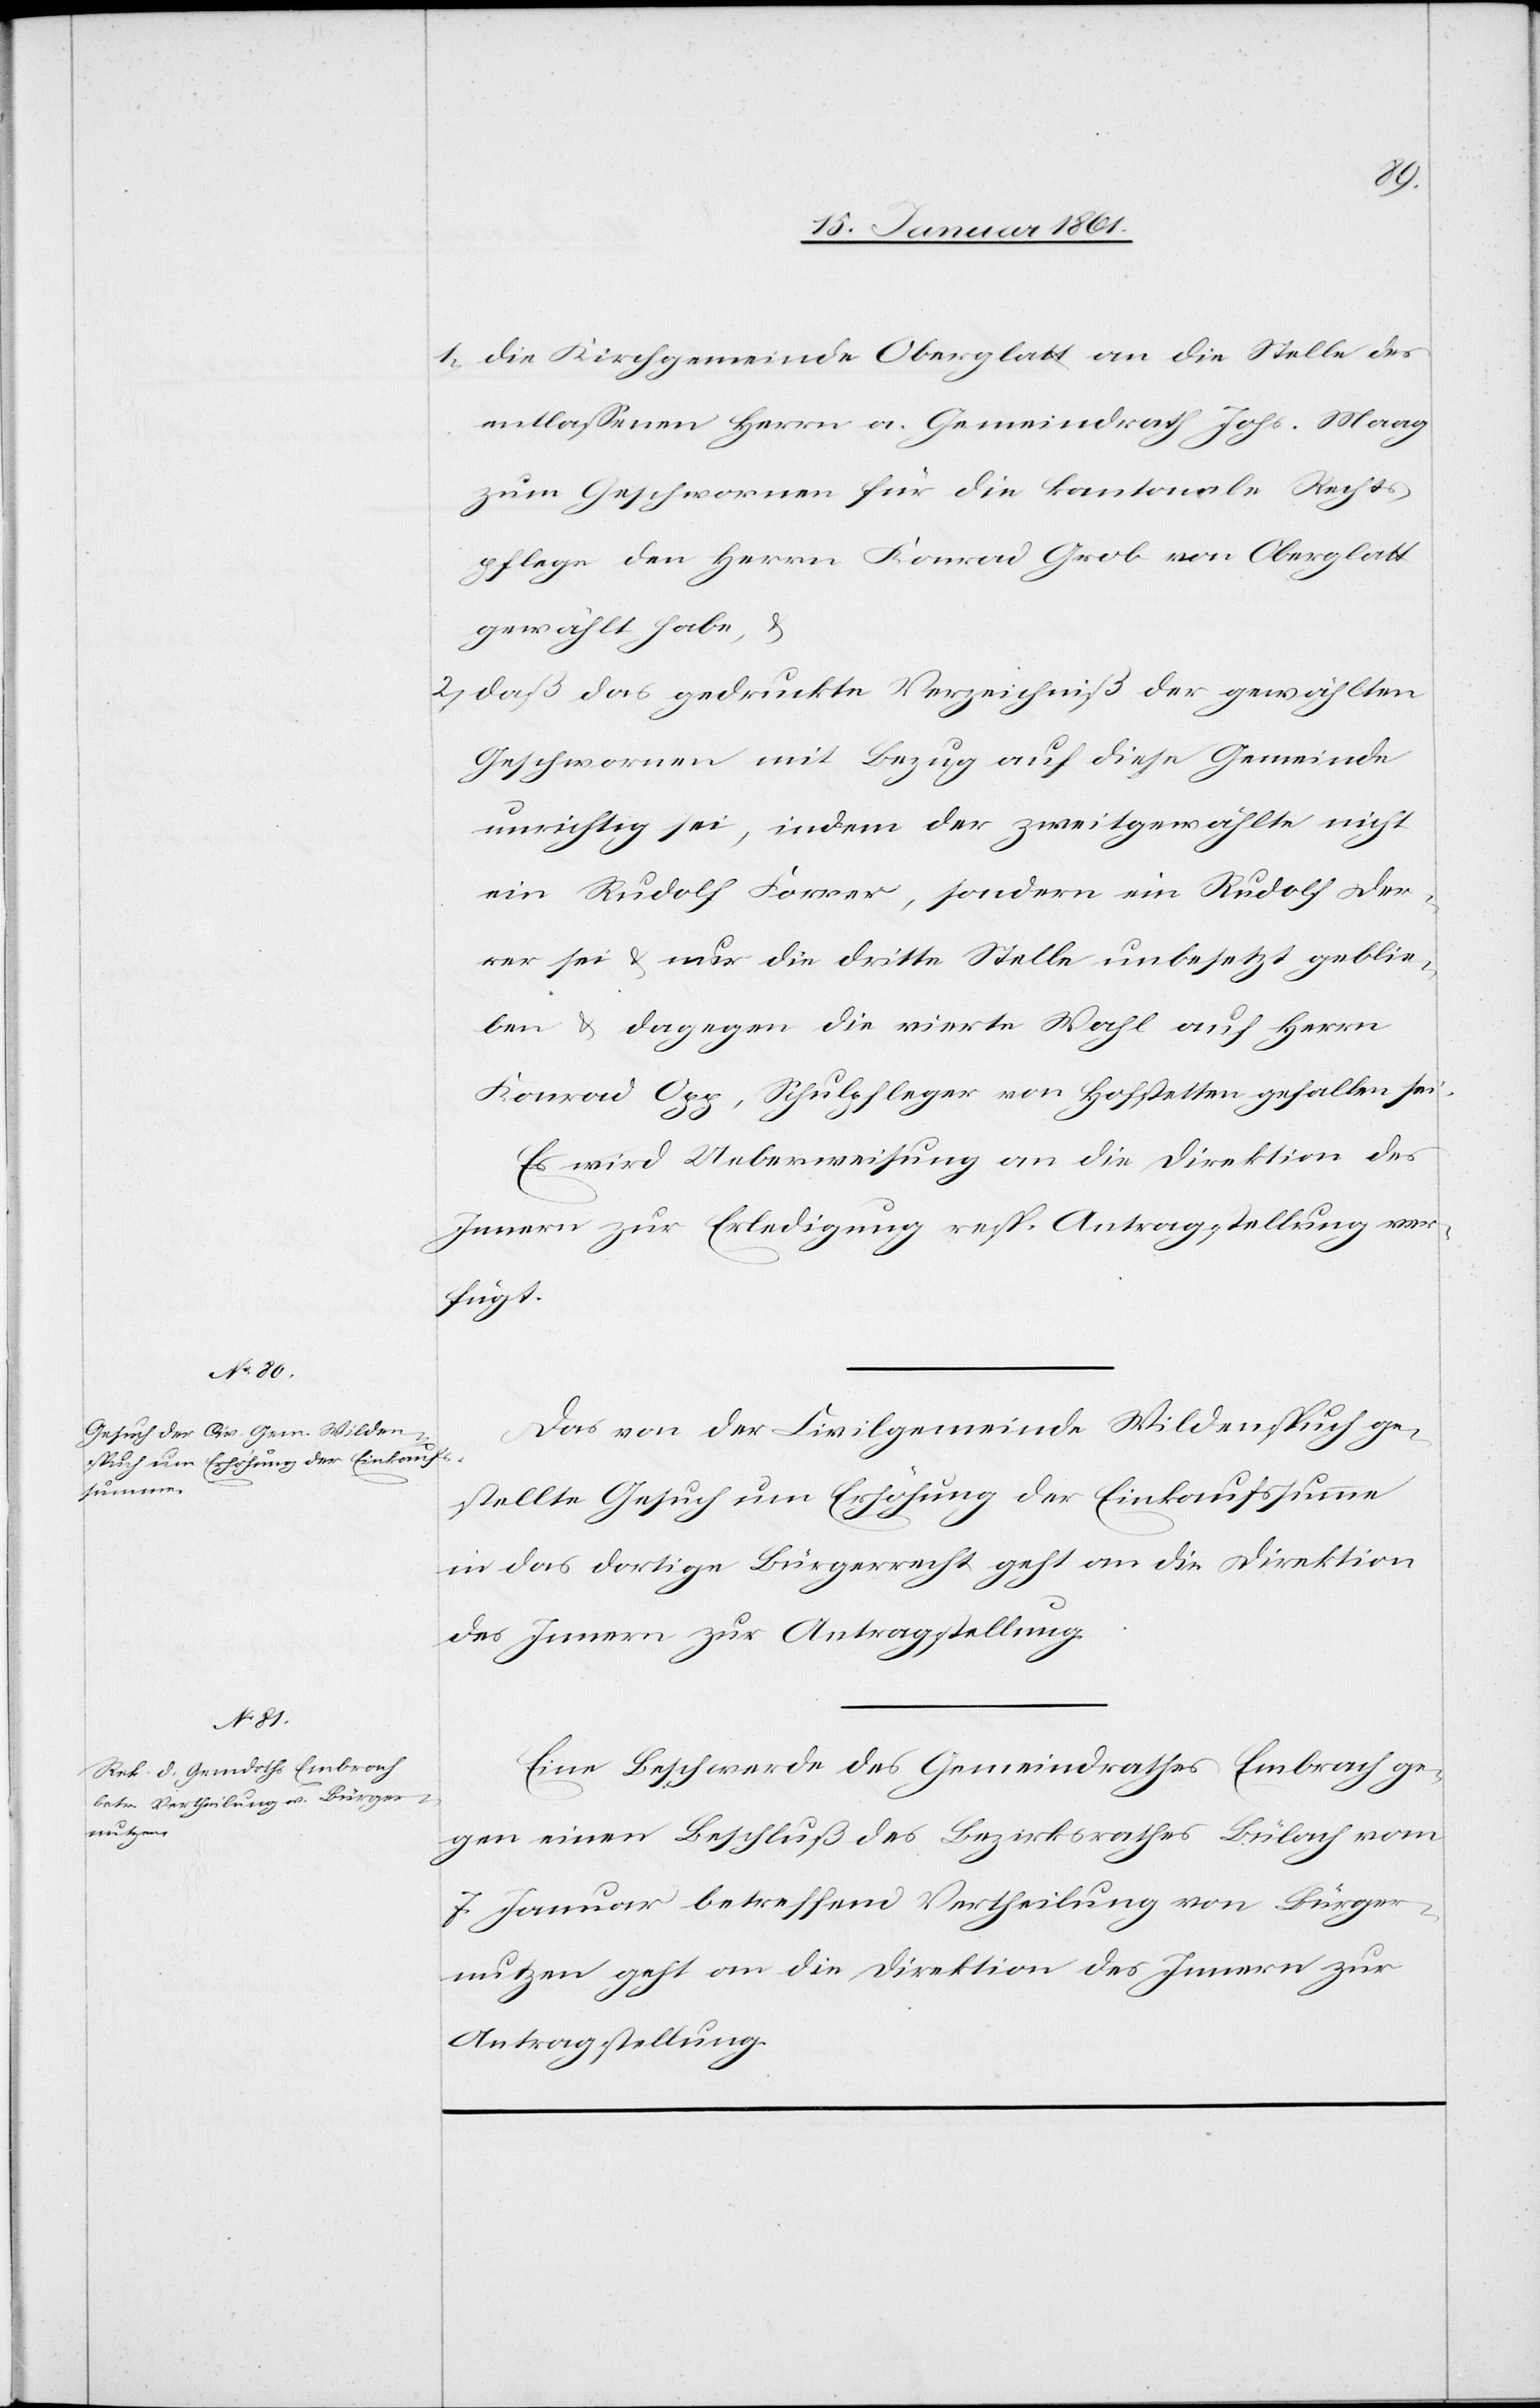
18 Januar 1861.]
1) Die Kirchgemeinde Oberglatt an die Stelle des
entlassenen Herrn a. Gemeindrath Johs. Maag
zum Geschwornen für die kantonale Rechts¬
pflege den Herrn Konrad Grob von Oberglatt
gewählt habe, u.
2) Daß das gedruckte Verzeichniß der gewählten
Geschwornen mit Bezug auf diese Gemeinde
unrichtig sei, indem der zweitgewählte nicht
ein Rudolf Forrer, sondern ein Rudolf Der¬
rer sei u. nur die dritte Stelle unbesetzt geblie¬
ben u. dagegen die vierte Wahl auf Herrn
Konrad Opp, Schulpfleger von Hofstetten gefallen sei.
Es wird Ueberweisung an die Direktion des
Innern zur Erledigung resp. Antragstellung ver¬
fügt.
Das von der Civilgemeinde Wildenspuch ge¬
stellte Gesuch um Erhöhung der Einkaufssumme
in das dortige Bürgerrecht geht an die Direktion
des Innern zur Antragstellung.
Eine Beschwerde des Gemeindrathes Embrach ge¬
gen einen Beschluß des Bezirksrathes Bülach vom
7. Januar betreffend Vertheilung von Bürger¬
nutzen geht an die Direktion des Innern zur
Antragstellung.